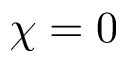
\chi = 0